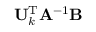
\mathbf { U } _ { k } ^ { \mathrm { T } } \mathbf { A } ^ { - 1 } \mathbf { B }